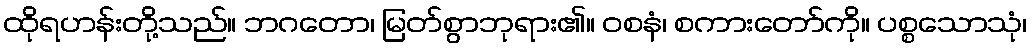
ထိုရဟန်းတို့သည်။ ဘဂတော၊ မြတ်စွာဘုရား၏။ ဝစနံ၊ စကားတော်ကို။ ပစ္စသောသုံ၊